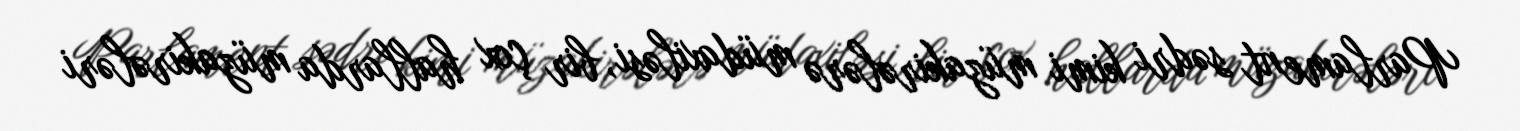
Parlament sədri kimi müzakirələrə müdaxiləsi, bir çox hallarda müzakirələri